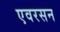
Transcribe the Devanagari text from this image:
एवरसन